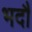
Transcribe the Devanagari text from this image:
भदौं